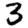
Digit: 3